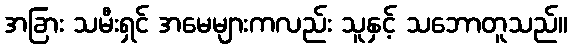
အခြား သမီးရှင် အမေများကလည်း သူနှင့် သဘောတူသည်။